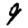
Digit: 9